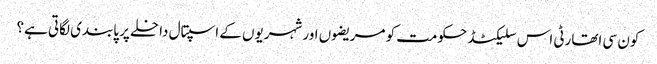
کون سی اتھارٹی اس سلیکٹڈ حکومت کو مریضوں اور شہریوں کے اسپتال داخلے پر پابندی لگاتی ہے؟